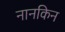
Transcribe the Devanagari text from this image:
नानकिन